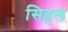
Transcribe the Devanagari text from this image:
सिहल